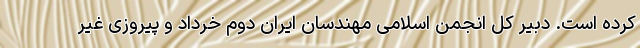
کرده است. دبیر کل انجمن اسلامی مهندسان ایران دوم خرداد و پیروزی غیر